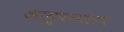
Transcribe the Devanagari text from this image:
आयुक्‍तालय